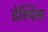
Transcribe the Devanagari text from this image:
डेस्पिंस